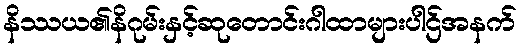
နိဿယ၏နိဂုမ်းနှင့်ဆုတောင်းဂါထာများပါဌ်အနက်